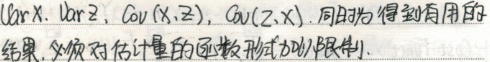
$\text{Var}X,\text{Var}Z,\text{Cov}(X,Z),\text{Cov}(Z,X)$。同时为得到有用的结果，必须对估计量的函数形式加以限制。